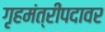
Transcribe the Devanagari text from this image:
गृहमंत्रीपदावर